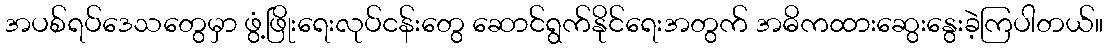
အပစ်ရပ်ဒေသတွေမှာ ဖွံ့ဖြိုးရေးလုပ်ငန်းတွေ ဆောင်ရွက်နိုင်ရေးအတွက် အဓိကထားဆွေးနွေးခဲ့ကြပါတယ်။